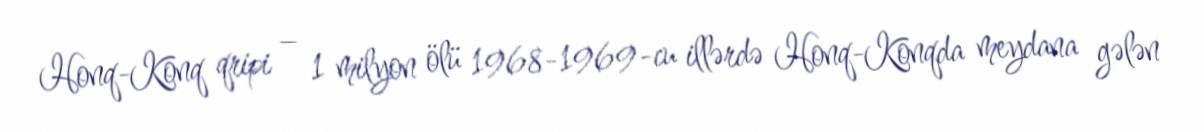
Honq-Konq qripi – 1 milyon ölü 1968-1969-cu illərdə Honq-Konqda meydana gələn